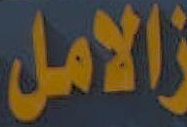
الامل